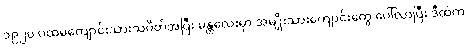
၁၉၂၀ ပထမကျောင်းသားသပိတ်အပြီး မန္တလေးမှာ အမျိုးသားကျောင်းတွေ ပေါ်လာပြီး ဒီထဲက